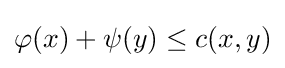
\varphi (x)+\psi (y)\leq c(x,y)